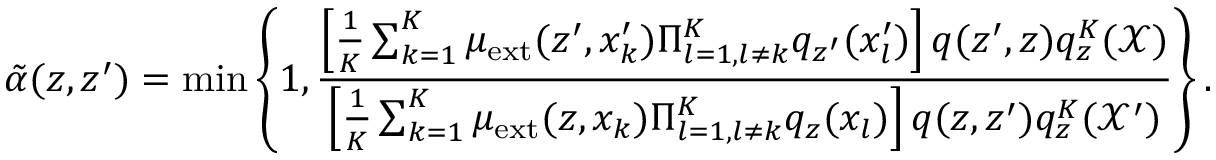
\tilde { \alpha } ( z , z ^ { \prime } ) = \operatorname* { m i n } \left\{ 1 , \frac { \left[ \frac { 1 } { K } \sum _ { k = 1 } ^ { K } \mu _ { \mathrm { e x t } } ( z ^ { \prime } , x _ { k } ^ { \prime } ) \Pi _ { l = 1 , l \neq k } ^ { K } q _ { z ^ { \prime } } ( x _ { l } ^ { \prime } ) \right] q ( z ^ { \prime } , z ) q _ { z } ^ { K } ( \mathcal { X } ) } { \left[ \frac { 1 } { K } \sum _ { k = 1 } ^ { K } \mu _ { \mathrm { e x t } } ( z , x _ { k } ) \Pi _ { l = 1 , l \neq k } ^ { K } q _ { z } ( x _ { l } ) \right] q ( z , z ^ { \prime } ) q _ { z } ^ { K } ( \mathcal { X } ^ { \prime } ) } \right\} .